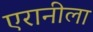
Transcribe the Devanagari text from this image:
एरानीला